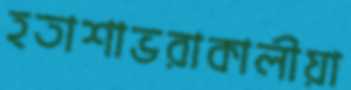
হতাশাভরাকালীয়া